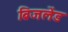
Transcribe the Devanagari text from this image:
ब्रिजलेंड